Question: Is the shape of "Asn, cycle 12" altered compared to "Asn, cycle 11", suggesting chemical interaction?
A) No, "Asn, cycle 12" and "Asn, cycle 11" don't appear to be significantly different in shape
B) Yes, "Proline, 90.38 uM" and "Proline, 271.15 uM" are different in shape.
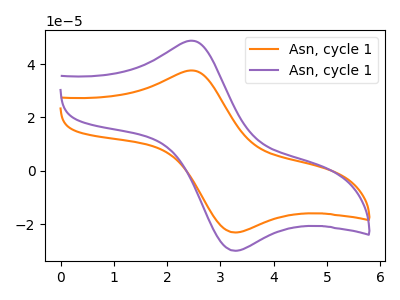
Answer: <think>The orange curve "Asn, cycle 11" has an anodic peak at (2.50V, 37.60uA) and a cathodic peak at (3.30V, -23.10uA). The purple curve "Asn, cycle 12" has an anodic peak at (2.50V, 48.75uA) and a cathodic peak at (3.30V, -29.95uA).
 All the peaks in "Asn, cycle 12" have a peak in "Asn, cycle 11" at the same potential. Every peak in "Asn, cycle 12" is higher than every peak in "Asn, cycle 11".</think>
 <answer>A) No, "Asn, cycle 12" and "Asn, cycle 11" don't appear to be significantly different in shape</answer>
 <eval>A</eval>